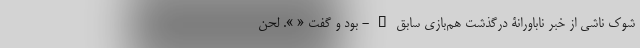
شوک ناشی از خبر ناباورانۀ درگذشت هم‌بازی سابق – - بود و گفت « ». لحن